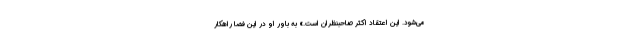
می‌شود. این اعتقاد اکثر صاحبنظران است.» به باور او در این فضا راهکار